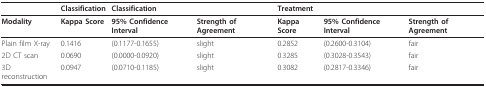
<table><thead><tr><td></td><td><b>Classification</b></td><td><b>Classification</b></td><td></td><td><b>Treatment</b></td><td></td><td></td></tr></thead><tbody><tr><td><b>Modality</b></td><td><b>Kappa Score</b></td><td><b>95% Confidence Interval</b></td><td><b>Strength of Agreement</b></td><td><b>Kappa Score</b></td><td><b>95% Confidence Interval</b></td><td><b>Strength of Agreement</b></td></tr><tr><td>Plain film X-ray</td><td>0.1416</td><td>(0.1177-0.1655)</td><td>slight</td><td>0.2852</td><td>(0.2600-0.3104)</td><td>fair</td></tr><tr><td>2D CT scan</td><td>0.0690</td><td>(0.0000-0.0920)</td><td>slight</td><td>0.3285</td><td>(0.3028-0.3543)</td><td>fair</td></tr><tr><td>3D reconstruction</td><td>0.0947</td><td>(0.0710-0.1185)</td><td>slight</td><td>0.3082</td><td>(0.2817-0.3346)</td><td>fair</td></tr></tbody></table>